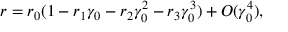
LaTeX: r = r _ { 0 } ( 1 - r _ { 1 } \gamma _ { 0 } - r _ { 2 } \gamma _ { 0 } ^ { 2 } - r _ { 3 } \gamma _ { 0 } ^ { 3 } ) + O ( \gamma _ { 0 } ^ { 4 } ) ,